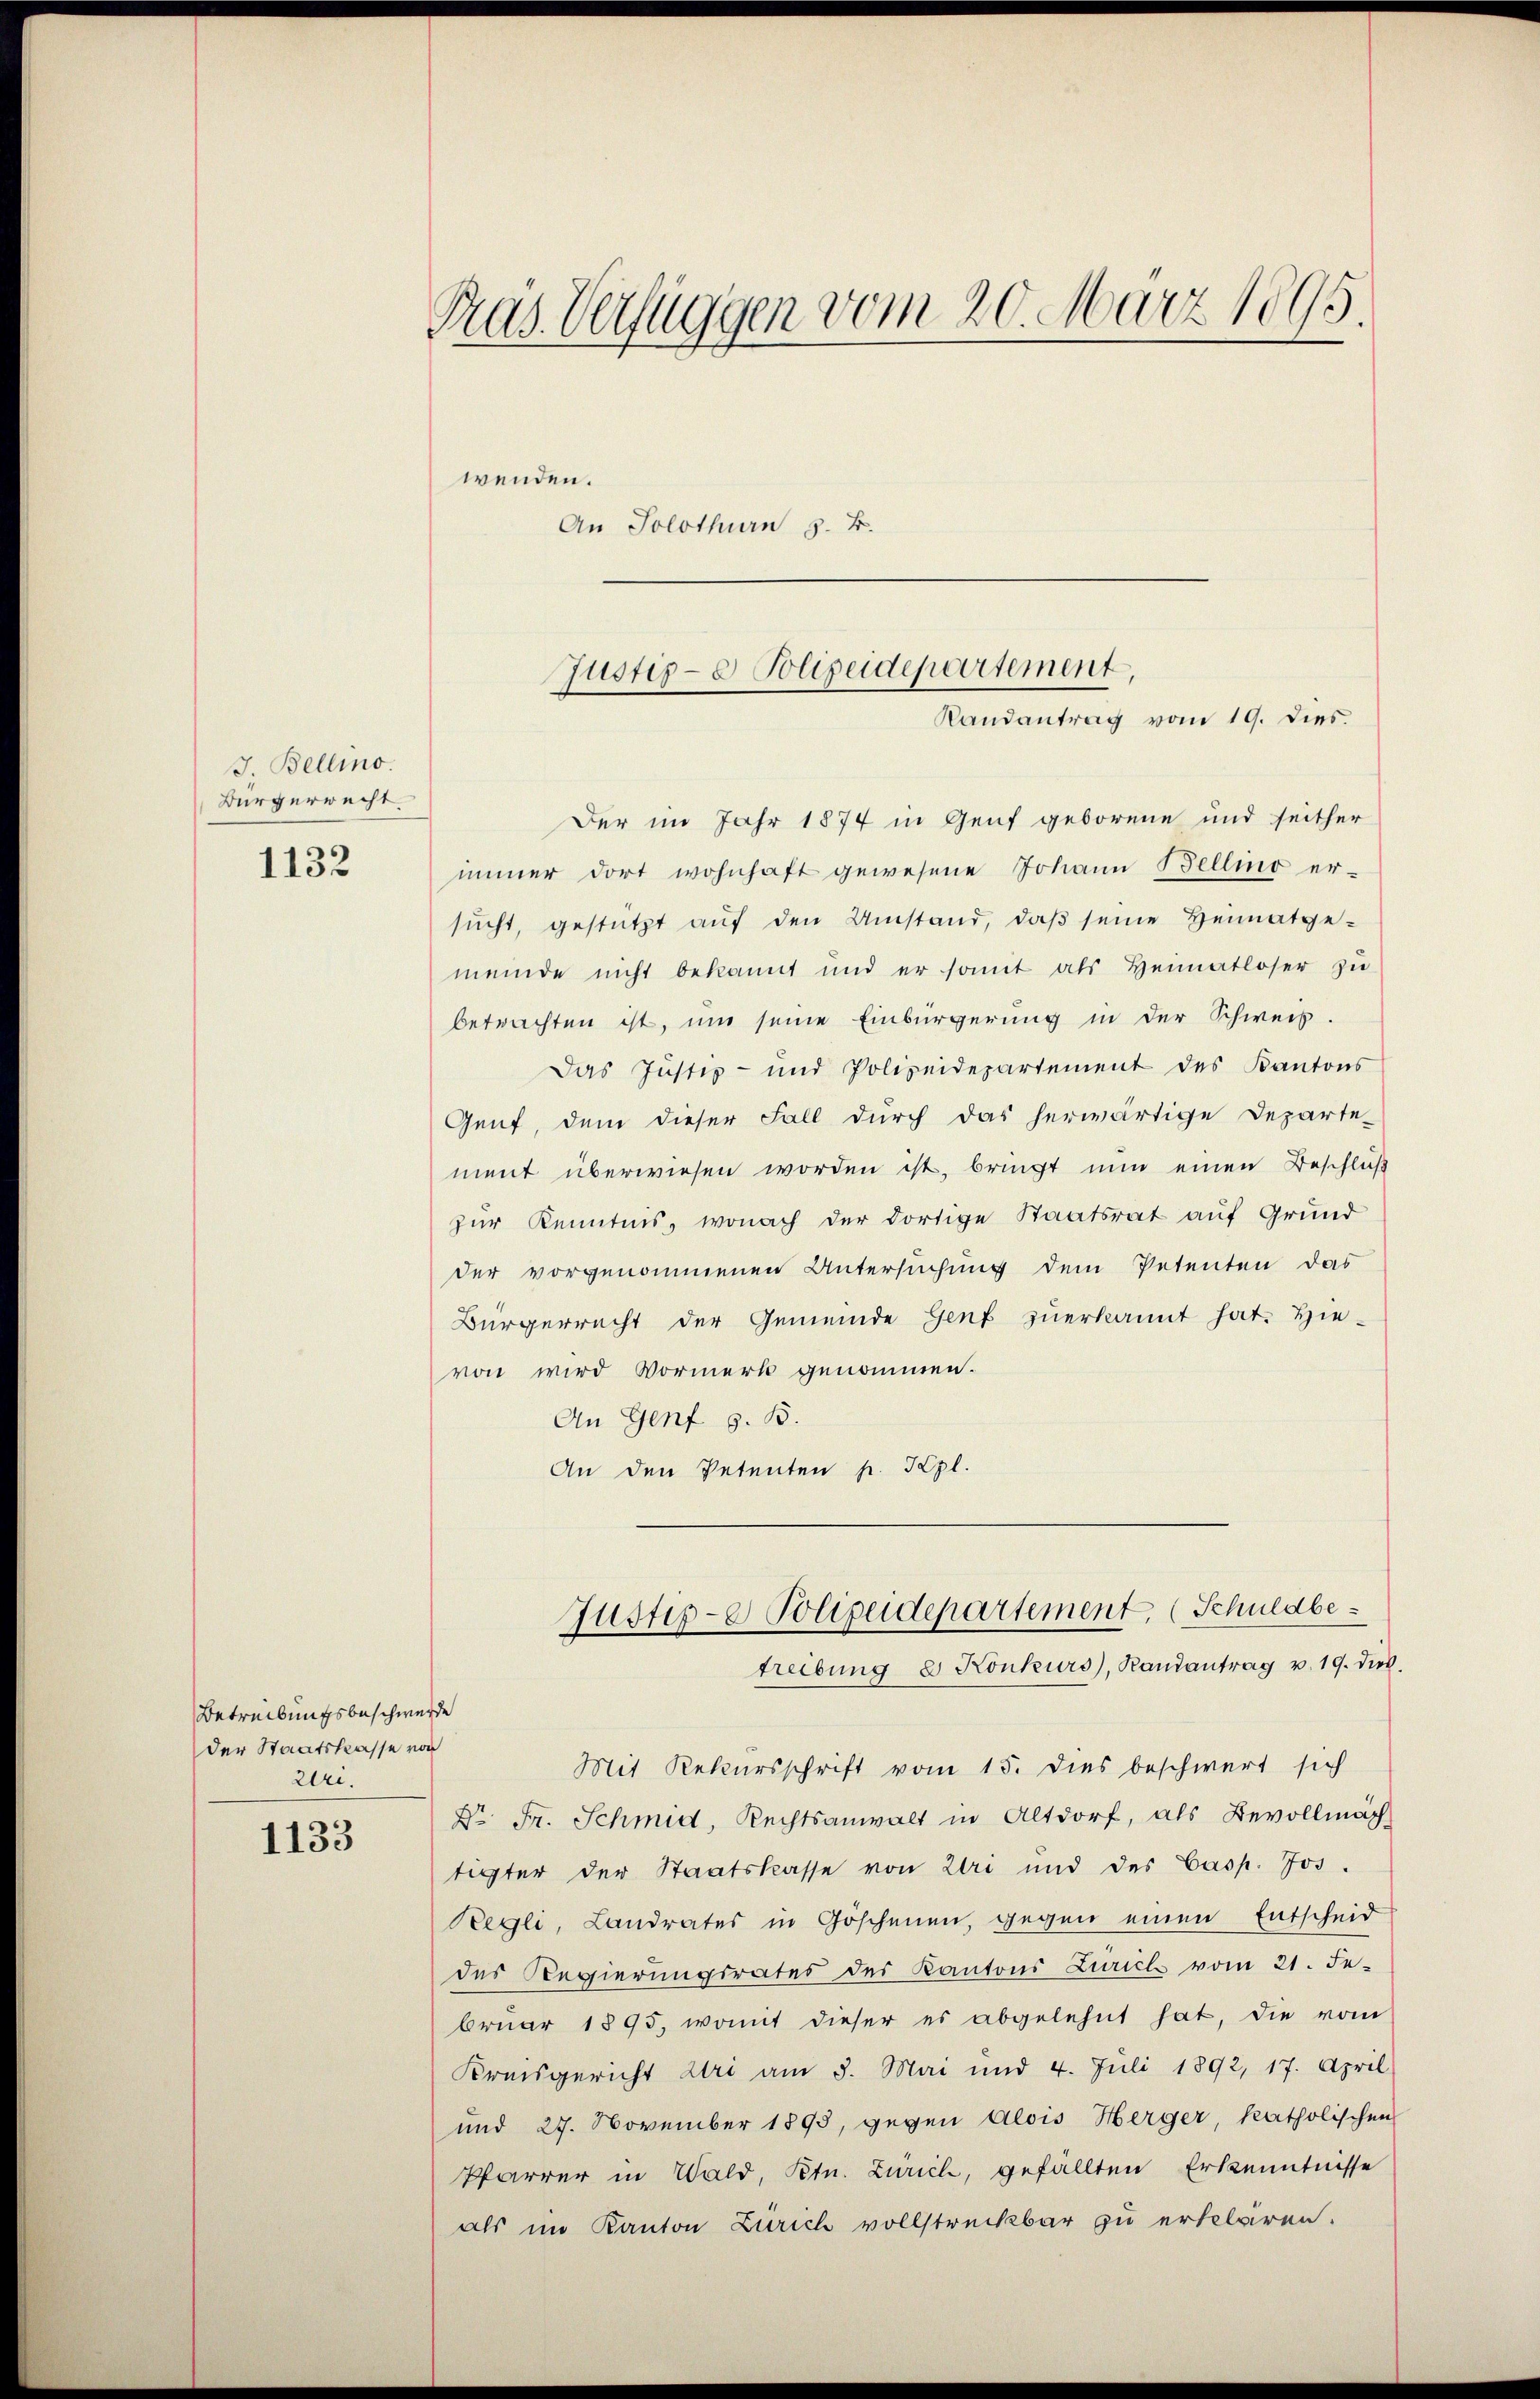
J. Bellino.
Bürgerrecht

1132

Betreibungsbeschwerde
der Staatskasse von
r.

1133

Pras. Verfüggen vom 20. März 1895.
wenden.
An Solothurn 3. B.

Der im Jahr 1874 in Genf geborene und seither
immer dort wohnhaft gewesene Johann Bellino er-
sŭcht, gestützt aŭf den Umstand, daβ seine Heimatge-
meinde nicht bekannt und er somit als Heimatloser zŭ
betrachten ist, um seine Einbürgerung in der Schweis-
Das Justiz- und Polizeidepartement des Kantons
Genf, dem dieser Fall durch das herwärtige Departe-
ment überwiesen worden ist, bringt nun einen Beschluß
zur Kenntnis, wonach der dortige Staatsrat auf Grund
der vorgenommenen Untersuchung dem Petenten das
Bürgerrecht der Gemeinde Genf zŭerkannt hat. Hie-
von wird Vormerk genommen.
An Genf s. B.
An den Petenten p. Kgl.
Justip-e Polizeidepartement, (Schuldbetreibung 2. Konkurs, Randantrag v. 19. dies.
Mit Rekursschrift vom 15. dies beschwert sich
Dr Fr. Schmid, Rechtsanwalt in Altdorf, als Bevollmäch
tigter der Staatskasse von Uri und des Casp. Jos.
Regli, Landrates in Göschenen, gegen einen Entscheid
des Regierungsrates des Kantons Zürich vom 21. Fe
brŭar 1895, womit dieser es abgelehnt hat, die vom
Kreisgericht Uri am 5. Mai und 4. Juli 1892, 17. April
und 27. November 1893, gegen Alois Herger, katholischen
Pfarrer in Wald, Petn. Zürich, gefällten Erkenntnisse
als im Kanton Zürich vollstreckbar zu erklären.

Justiz- & Polizeidepartement,
Randantrag vom 19. dies.